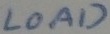
Text: LOAD